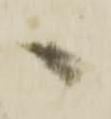
へ